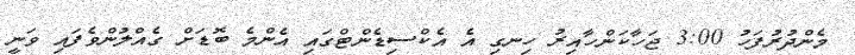
މެންދުރުފަހު 3:00 ޖަހާކަންހާއިރު ހިނގި އެ އެކްސިޑެންޓްގައި އެންމެ ބޮޑަށް ގެއްލުންވެފައި ވަނީ